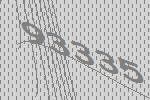
93335